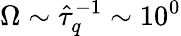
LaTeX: \Omega\sim\hat{\tau}_{q}^{-1}\sim 10^{0}